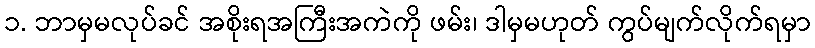
၁. ဘာမှမလုပ်ခင် အစိုးရအကြီးအကဲကို ဖမ်း၊ ဒါမှမဟုတ် ကွပ်မျက်လိုက်ရမှာ